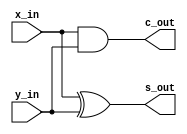
module half_adder
(
    //----------------------------------------------------------------
    // Input Ports
    //----------------------------------------------------------------
    input                               x_in, 		//	one bit input data
    input                               y_in,		//	one bit input data

    //----------------------------------------------------------------
    // Output Ports
    //----------------------------------------------------------------
    output  wire                        s_out, 		// 	sum of two input
    output  wire                        c_out 		//	carry of two input
);

//----------------------------------------------------------------
// code for operation start
//----------------------------------------------------------------

//  output port
assign  	s_out 	=	x_in ^ y_in;
assign   	c_out 	=	x_in & y_in;

// 	you can write the code with gate level modeling
//	xor1 sum 	( s_out, x_in, y_in );
//	and1 carry 	( c_out, x_in, y_in );

//	or like this
//	assign 	{ c_out, s_out } 	=	x_in + y_in;

endmodule